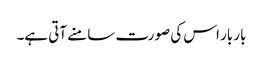
بار بار اس کی صورت سامنے آتی ہے۔